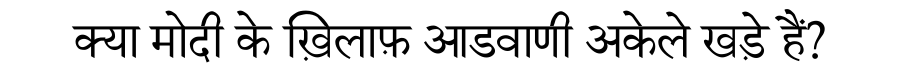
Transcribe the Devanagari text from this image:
क्या मोदी के ख़िलाफ़ आडवाणी अकेले खड़े हैं?